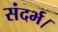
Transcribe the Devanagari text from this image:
संदर्भ।